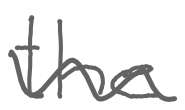
Text: the
Cross-out: mix
Writing tool: digital_gray